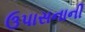
ઉપાસનાની